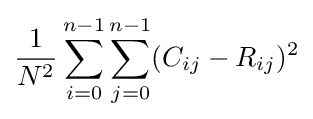
{\frac {1}{N^{2}}}\sum _{i=0}^{n-1}\sum _{j=0}^{n-1}(C_{ij}-R_{ij})^{2}